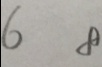
6 8